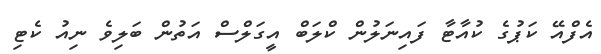
އެފްއޭ ކަޕުގެ ކުއާޓާ ފައިނަލުން ކްލަބް އީގަލްސް އަތުން ބަލިވެ ނިއު ކެޓި